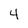
Character: 4